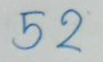
52